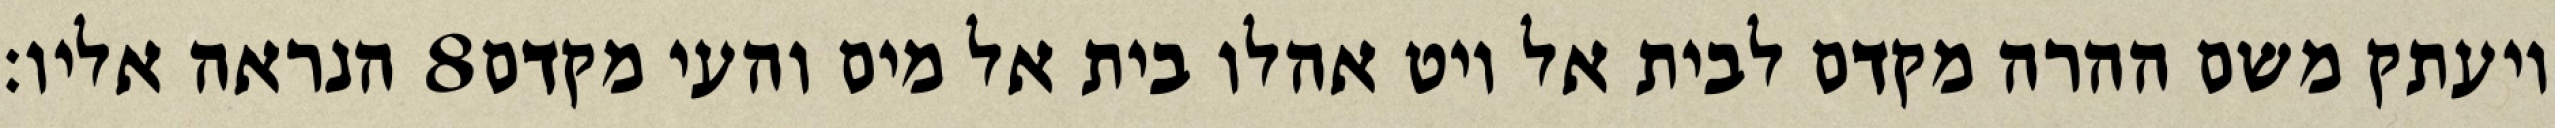
הנראה אליו׃ ‎8‏ ויעתק משם ההרה מקדם לבית אל ויט אהלו בית אל מים והעי מקדם